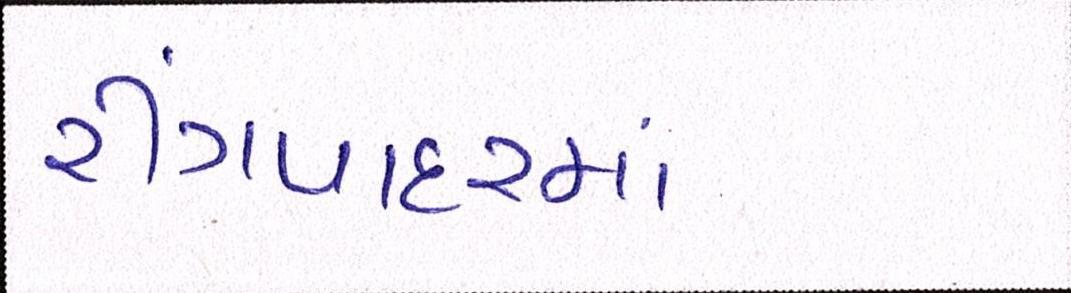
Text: રીંગપાદરમાં